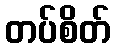
တပ်စိတ်